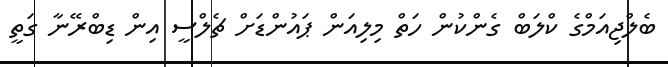
ބެލްޖިއަމްގެ ކްލަބް ގެންކުން ހަތް މިލިއަން ޕައުންޑަށް ޗެލްސީ އިން ޑިބްރޭނާ ގަތީ